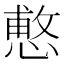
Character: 𭞑